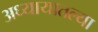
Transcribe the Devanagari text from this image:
अध्यायातल्या